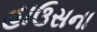
હાઉસના